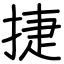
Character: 捷